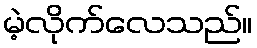
မဲ့လိုက်လေသည်။